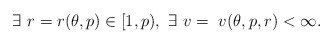
\begin{align*} \exists \ r = r(\theta,p) \in [1, p), \ \exists \ v = \ v(\theta,p,r) < \infty. \end{align*}